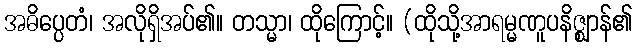
အဓိပ္ပေတံ၊ အလိုရှိအပ်၏။ တသ္မာ၊ ထိုကြောင့်။ (ထိုသို့အာရမ္မဏူပနိဇ္ဈာန်၏